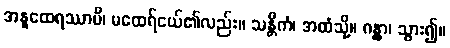
အနူထေရဿာပိ၊ မထေရ်ငယ်၏လည်း။ သန္တိကံ၊ အထံသို့။ ဂန္တွာ၊ သွား၍။